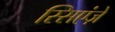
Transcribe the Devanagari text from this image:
स्सिएंज़े